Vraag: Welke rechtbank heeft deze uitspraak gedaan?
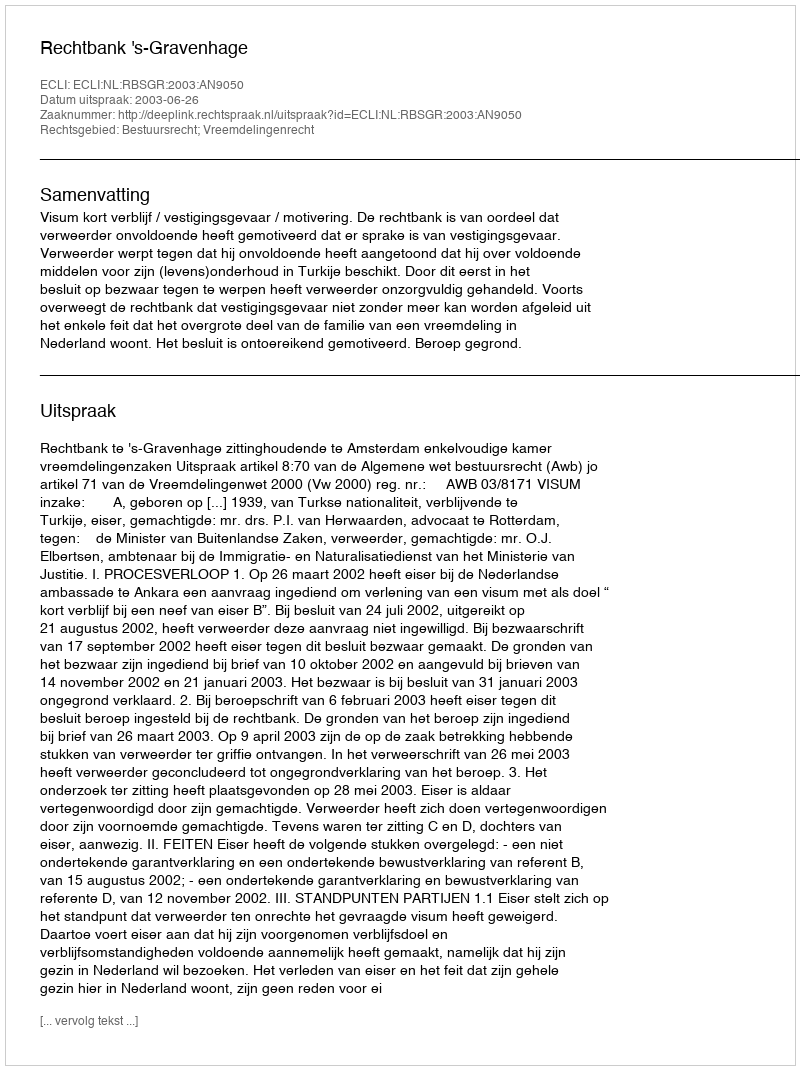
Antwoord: Rechtbank 's-Gravenhage